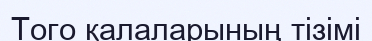
Того қалаларының тізімі